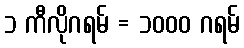
၁ ကီလိုဂရမ် = ၁၀၀၀ ဂရမ်